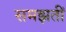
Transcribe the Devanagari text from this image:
समझतीं